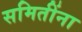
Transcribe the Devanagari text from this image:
समितींना